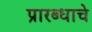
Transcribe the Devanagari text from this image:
प्रारब्धाचे